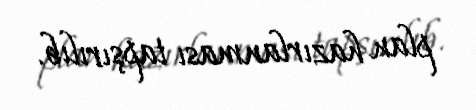
plan hazırlanması tapşırılıb.